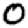
Digit: 0